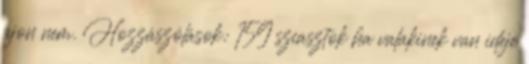
újon nem. Hozzászólások: 159 sziasztok ha valakinek van ideje